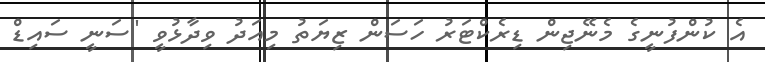
އެ ކުންފުނީގެ މެނޭޖިން ޑިރެކްޓަރު ހަސަން ޒިޔަތު މިއަދު ވިދާޅުވީ "ސަނީ ސައިޑް